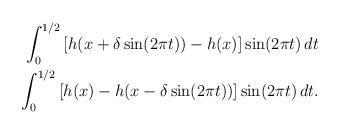
LaTeX: \begin{align*}\begin{aligned}\int_{0}^{1/2}\left[h(x +\delta\sin(2\pi t))- h(x)\right]\sin(2\pi t)\,dt \\\int_{0}^{1/2}\left[h(x)-h( x-\delta\sin(2\pi t)) \right]\sin(2\pi t)\,dt.\end{aligned}\end{align*}